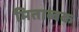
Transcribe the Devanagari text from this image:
मिताब्बक